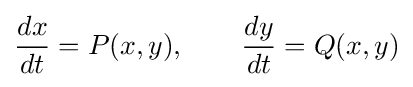
{dx \over dt}=P(x,y),\qquad {dy \over dt}=Q(x,y)